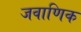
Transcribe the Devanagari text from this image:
जवाणिक